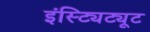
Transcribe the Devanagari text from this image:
इंस्ट्यिट्यूट